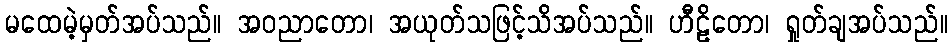
မထေမဲ့မှတ်အပ်သည်။ အဝညာတော၊ အယုတ်သဖြင့်သိအပ်သည်။ ဟီဠိတော၊ ရှုတ်ချအပ်သည်။